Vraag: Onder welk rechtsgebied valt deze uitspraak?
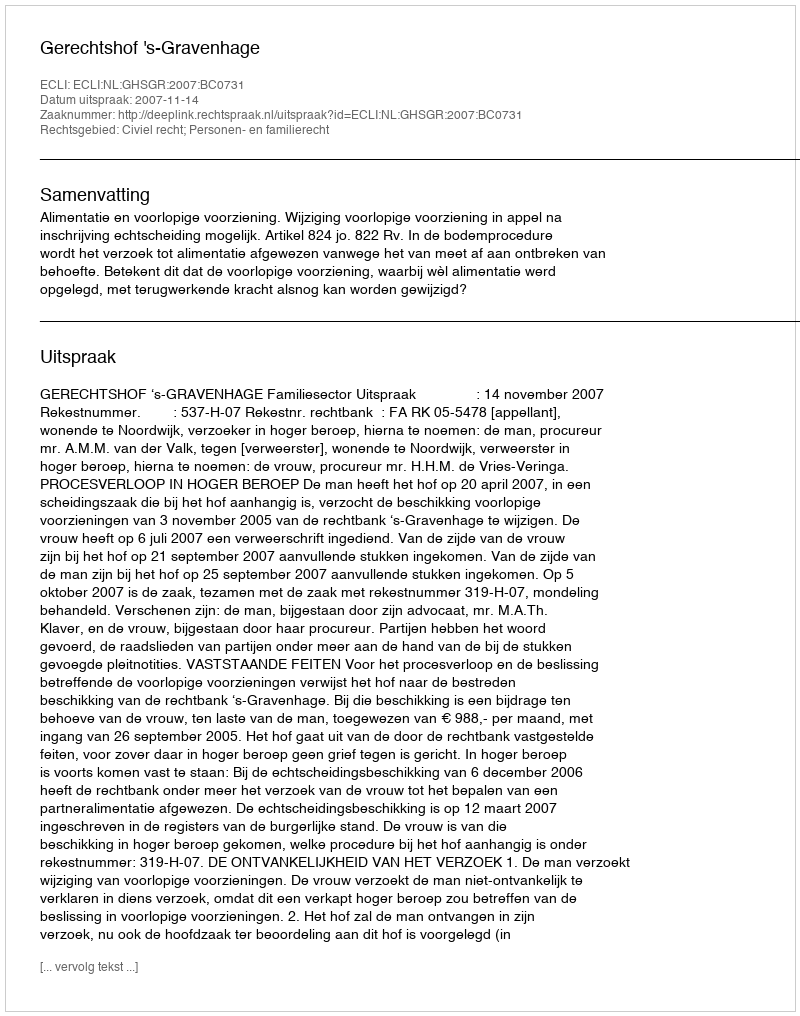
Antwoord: Civiel recht; Personen- en familierecht